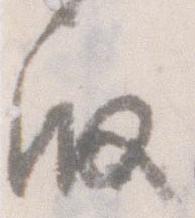
殿